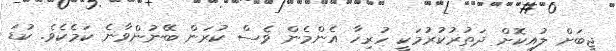
ޖީބަށް ލުއިކޮށް ދަތުރުކުރުމަކީ ހުރިހާ އެންމެން ވެސް ކުރަން ބޭނުންވާނެ ކަމެކެވެ. ކުޑަ